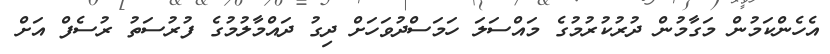
އެހެންކަމުން މަގާމުން ދުރުކުރުމުގެ މައްސަލަ ހަމަސްދުވަހަށް ދިގު ދައްމާލުމުގެ ފުރުސަތު ރުސެފް އަށް